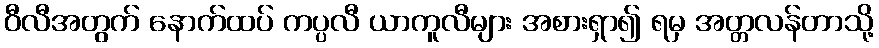
ဝီလီအတွက် နောက်ထပ် ကပ္ပလီ ယာကူလီများ အစားရှာ၍ ရမှ အတ္တလန်တာသို့